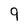
Character: 9